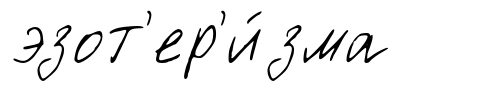
эзот'ер'и́зма